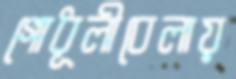
গোধূলীবেলায়